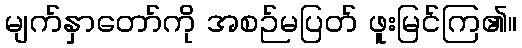
မျက်နှာတော်ကို အစဉ်မပြတ် ဖူးမြင်ကြ၏။